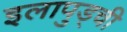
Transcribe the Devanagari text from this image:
इलापुड्ची